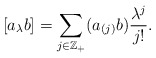
\begin{align*} [a_\lambda b]=\sum_{j\in\mathbb{Z_{+}}}(a_{(j)}b)\frac{\lambda^{j}}{j!}.\end{align*}